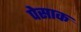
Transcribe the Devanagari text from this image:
पेसाक